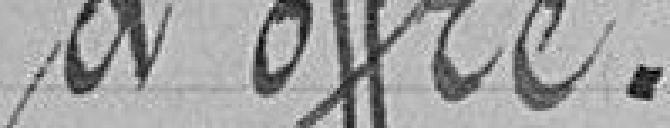
d'offre